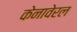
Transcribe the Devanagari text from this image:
केनावेरल